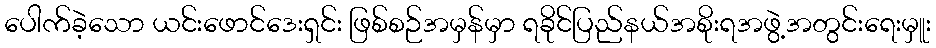
ပေါက်ခဲ့သော ယင်းဖောင်ဒေးရှင်း ဖြစ်စဉ်အမှန်မှာ ရခိုင်ပြည်နယ်အစိုးရအဖွဲ့အတွင်းရေးမှူး